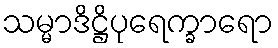
သမ္မာဒိဋ္ဌိပုရေက္ခာရော